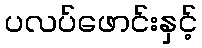
ပလပ်ဖောင်းနှင့်